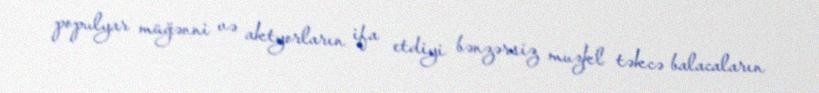
populyar müğənni və aktyorların ifa etdiyi bənzərsiz muzkl təkcə balacaların